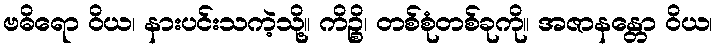
ဗဓိရော ဝိယ၊ နားပင်းသကဲ့သို့။ ကိဉ္စိ၊ တစ်စုံတစ်ခုကို။ အဇာနန္တော ဝိယ၊